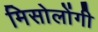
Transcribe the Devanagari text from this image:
मिसोलोंगी